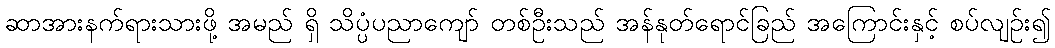
ဆာအားနက်ရားသားဖို့ အမည် ရှိ သိပ္ပံပညာကျော် တစ်ဦးသည် အန်နုတ်ရောင်ခြည် အကြောင်းနှင့် စပ်လျဉ်း၍